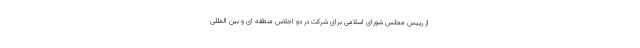
از رییس مجلس شورای اسلامی برای شرکت در دو اجلاس منطقه ای و بین المللی